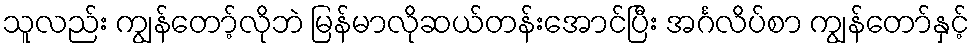
သူလည်း ကျွန်တော့်လိုဘဲ မြန်မာလိုဆယ်တန်းအောင်ပြီး အင်္ဂလိပ်စာ ကျွန်တော်နှင့်